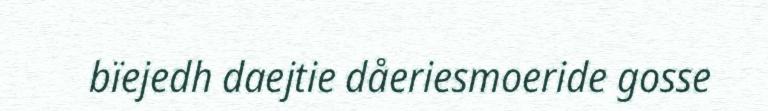
bïejedh daejtie dåeriesmoeride gosse